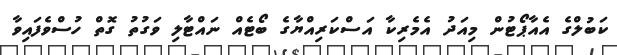
ކަބުލްގެ އެއާޕޯޓުން މިއަދު އެމެރިކާ އަސްކަރިއްޔާގެ ބޯޓެއް ނައްޓާލި ވަގުތު ގޮތް ހުސްވެފައިވާ